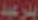
الدرعبد